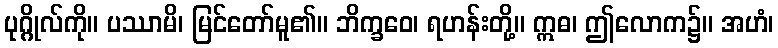
ပုဂ္ဂိုလ်ကို။ ပဿာမိ၊ မြင်တော်မူ၏။ ဘိက္ခဝေ၊ ရဟန်းတို့။ ဣဓ၊ ဤလောက၌။ အဟံ၊